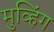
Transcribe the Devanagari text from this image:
मुव्हिंग